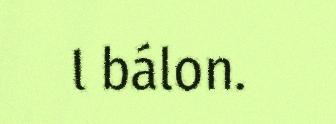
l bálon.